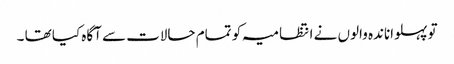
تو پہلواناندہ والوں نے انتظامیہ کو تمام حالات سے آگاہ کیا تھا ۔